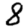
Digit: 8